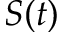
S ( t )